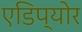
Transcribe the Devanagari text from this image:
एडिप्योर